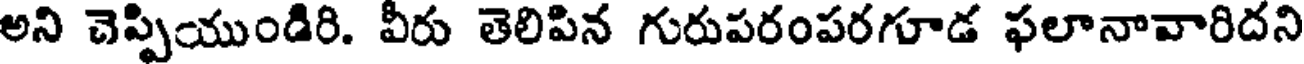
అని చెప్పియుండిరి. వీరు తెలిపిన గురుపరంపరగూడ ఫలానావారిదని